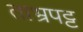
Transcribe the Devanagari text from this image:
ताभ्रपट्ट